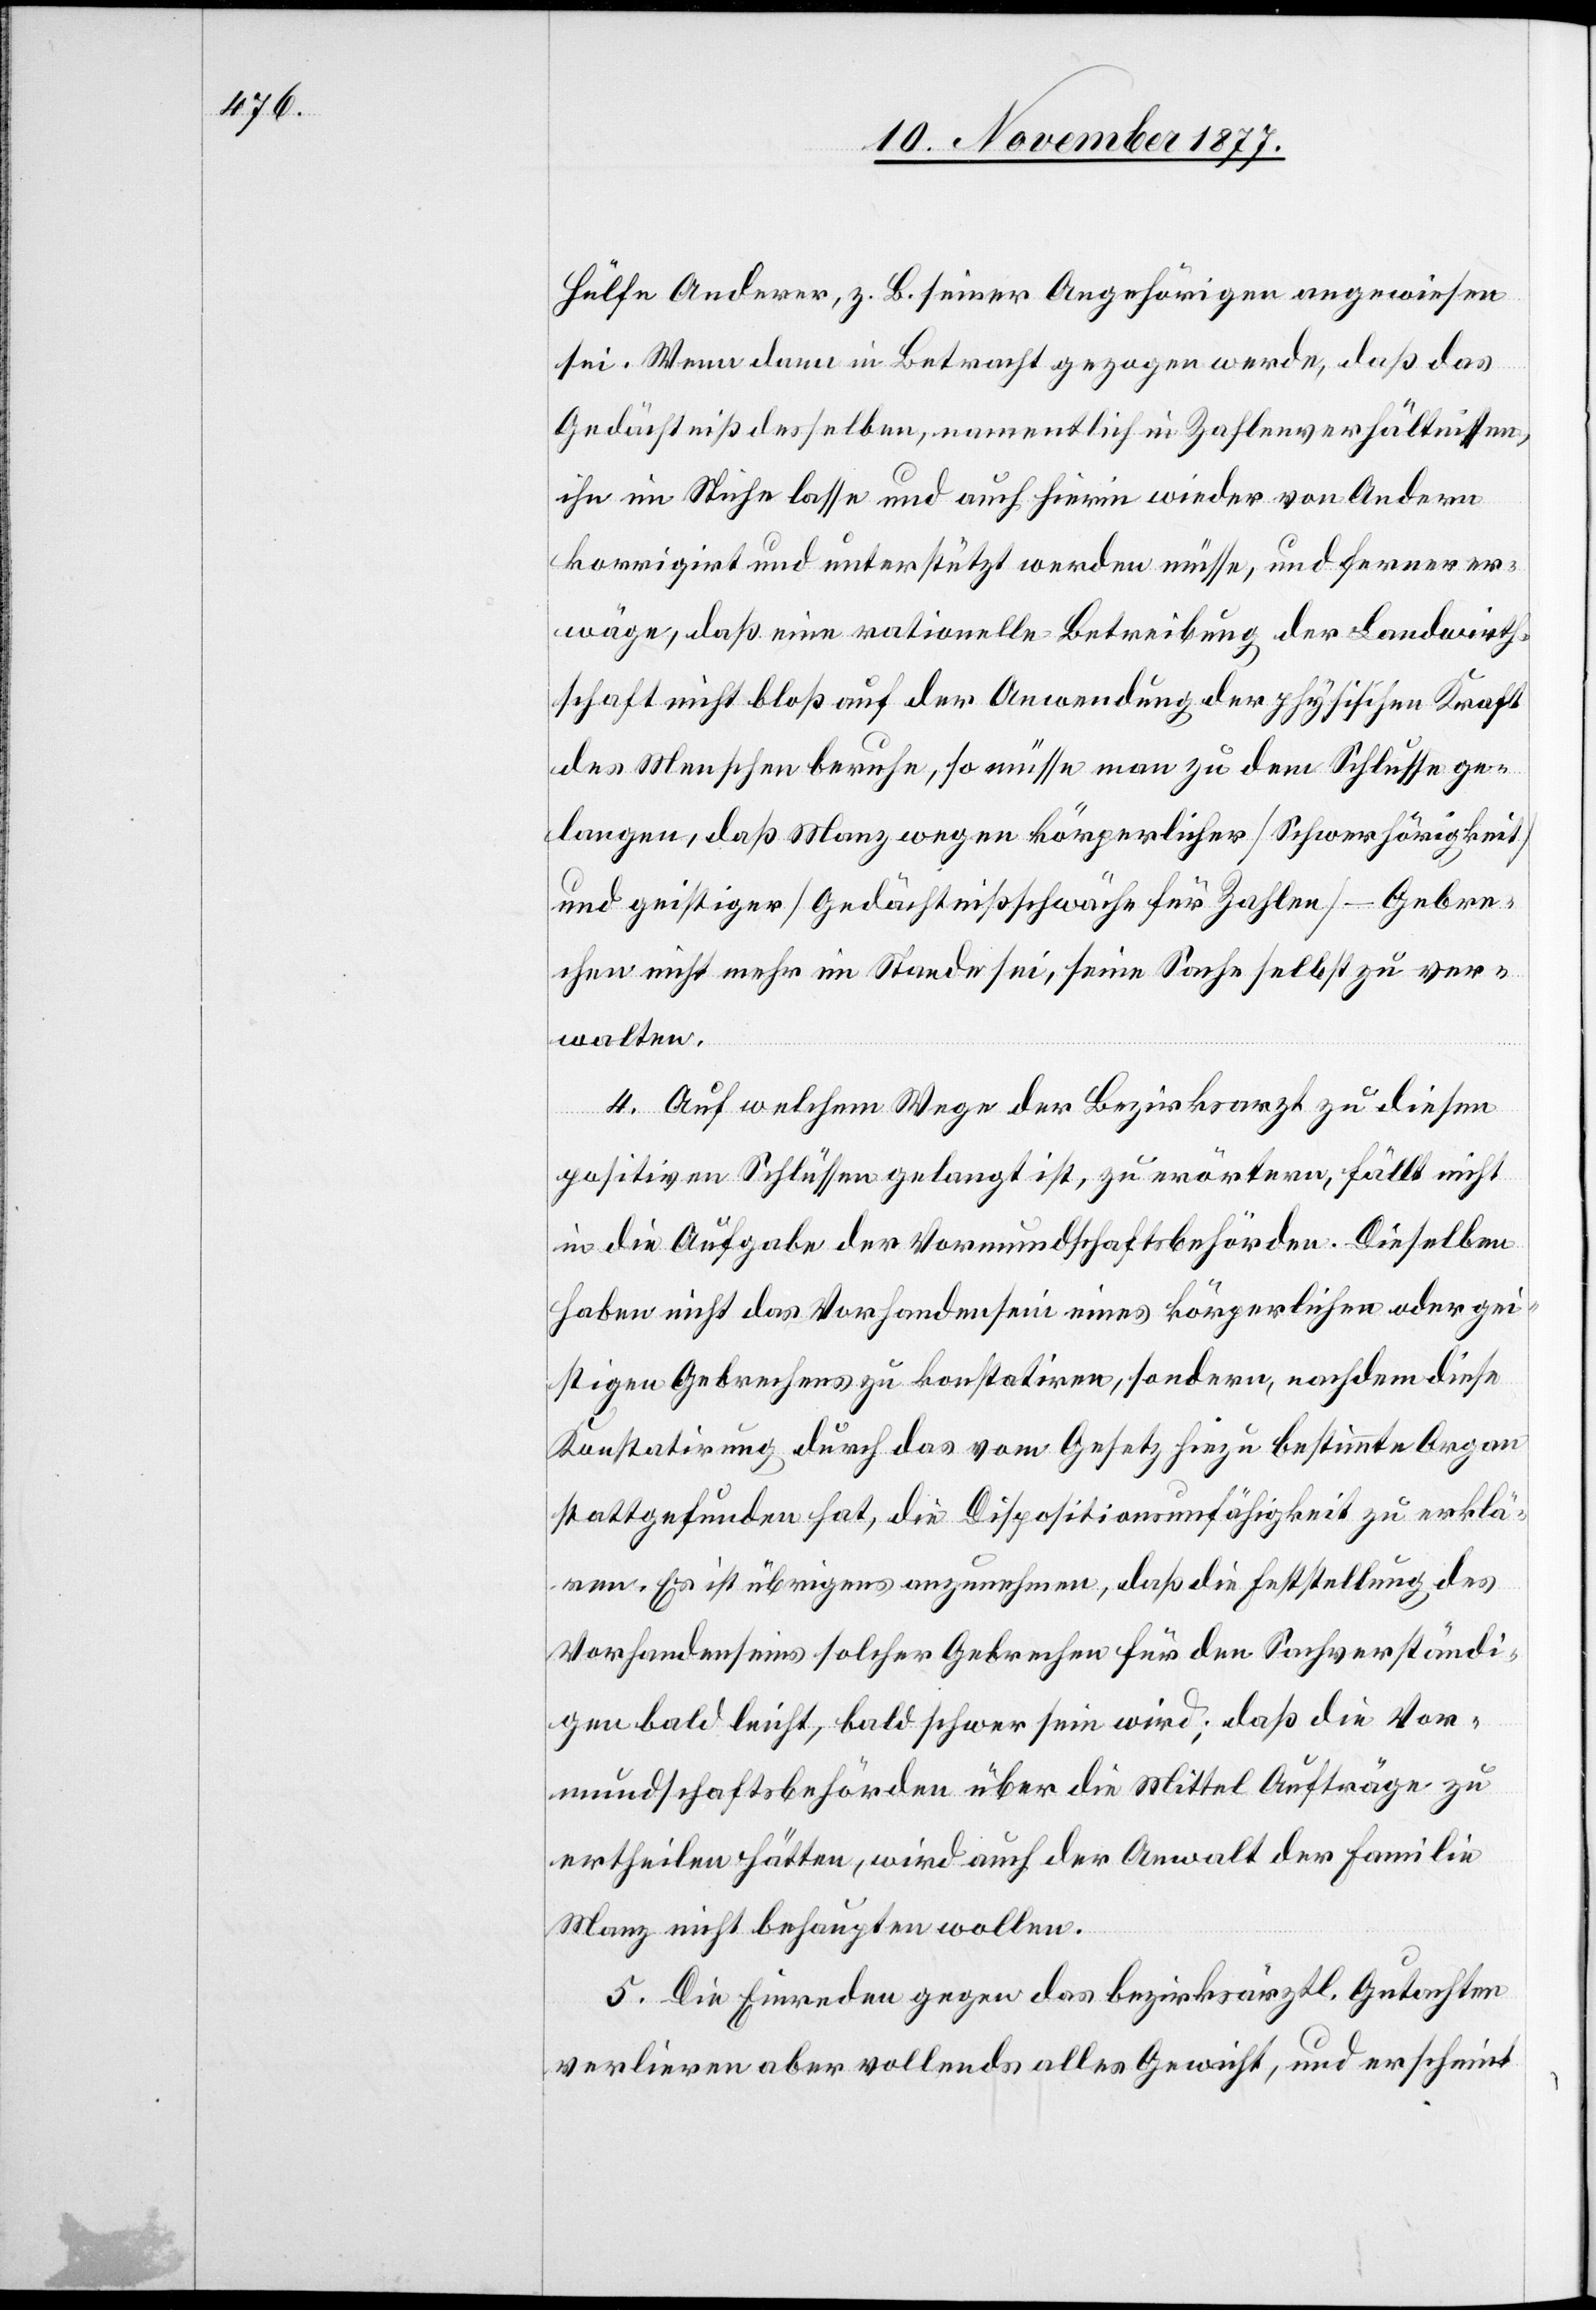
Hülfe Anderer, z. B. seiner Angehörigen angewiesen
sei. Wenn dann in Betracht gezogen werde, daß das
Gedächtniß desselben, namentlich in Zahlenverhältnissen,
ihn im Stiche lasse und auch hierin wieder von Andern
korrigirt und unterstützt werden müsse, und ferner er¬
wäge, daß eine rationelle Betreibung der Landwirth¬
schaft nicht bloß auf der Anwendung der physischen Kraft
des Menschen beruhe, so müsse man zu dem Schlusse ge¬
langen, daß Manz wegen körperlicher [Schwerhörigkeit]
und geistiger [Gedächtnißschwäche für Zahlen] – Gebre¬
chen nicht mehr im Stande sei, seine Sache selbst zu ver¬
walten.
4. Auf welchem Wege der Bezirksarzt zu diesen
positiven Schlüssen gelangt ist, zu erörtern, fällt nicht
in die Aufgabe der Vormundschaftsbehörden. Dieselben
haben nicht das Vorhandensein eines körperlichen oder gei¬
stigen Gebrechens zu konstatiren, sondern, nachdem diese
Konstatirung durch das vom Gesetz hiezu bestimmte Organ
stattgefunden hat, die Dispositionsunfähigkeit zu erklä¬
ren. Es ist übrigens anzunehmen, daß die Feststellung des
Vorhandenseins solcher Gebrechen für den Sachverständi¬
gen bald leicht, bald schwer sein wird; daß die Vor¬
mundschaftsbehörden über die Mittel Aufträge zu
ertheilen hätten, wird auch der Anwalt der Familie
Manz nicht behaupten wollen.
5. Die Einreden gegen das bezirksärztl. Gutachten
verlieren aber vollends alles Gewicht, und erscheint